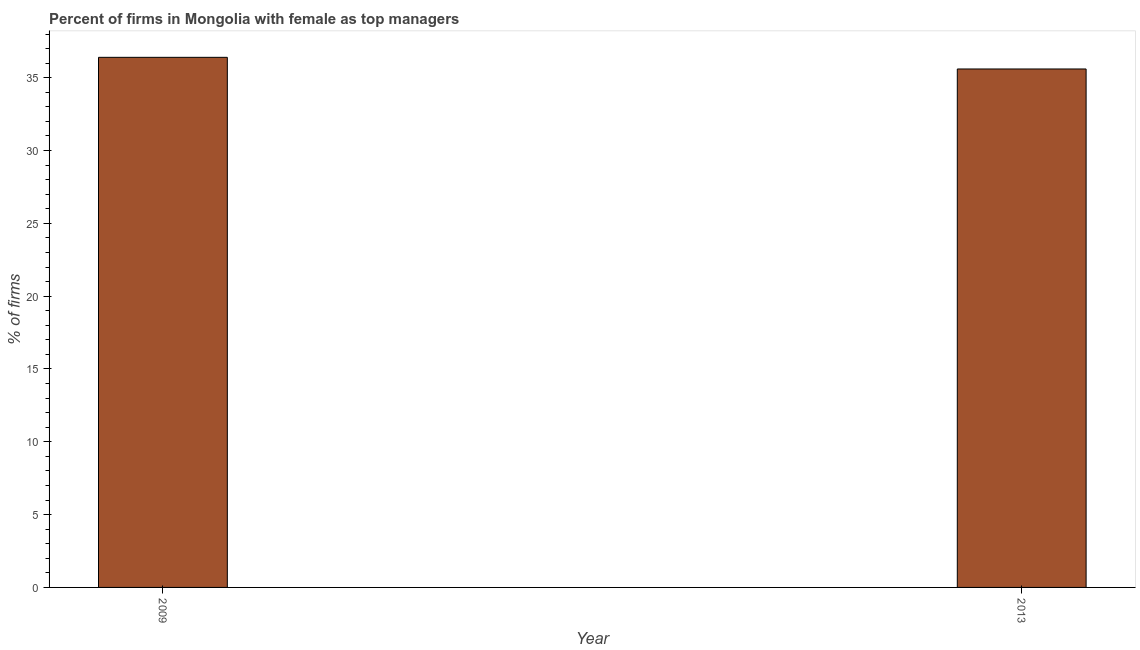
| Year | Firms with female top manager |
 | --- | --- |
 | 2009 | 36.4 |
 | 2013 | 35.6 |